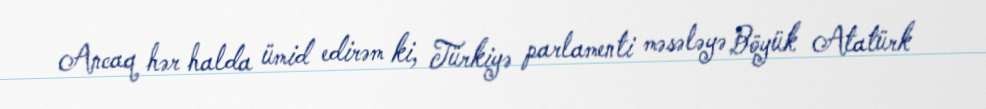
Ancaq hər halda ümid edirəm ki, Türkiyə parlamenti məsələyə Böyük Atatürk